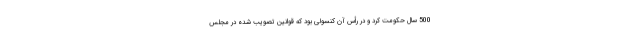
500 سال حکومت کرد و در رأس آن کنسولی بود که قوانین تصویب شده در مجلس